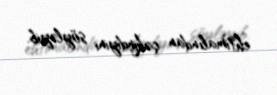
ehtimalından çəkindiyini söyləyib.